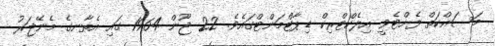
މަސައްކަތް ފެށްޓެވީ އިލެކްޓްރިކް ޑިޕާޓްމަންޓްގައެވެ. 22 ޖޫން 1964 ގައި އެތާނގެ މެނޭޖަރު